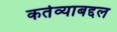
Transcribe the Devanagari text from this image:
कर्तव्याबद्दल